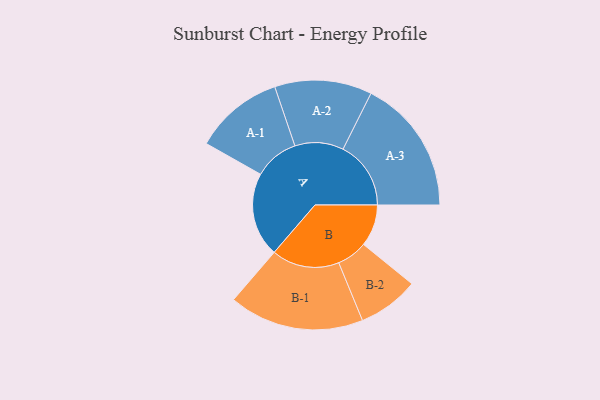
{"axis": {"x": "Segment", "y": "Value"}, "legend": ["", "A", "B"], "data": [{"x": "A", "y": 298, "type": ""}, {"x": "B", "y": 148, "type": ""}, {"x": "A-1", "y": 158, "type": "A"}, {"x": "A-2", "y": 172, "type": "A"}, {"x": "A-3", "y": 240, "type": "A"}, {"x": "B-1", "y": 239, "type": "B"}, {"x": "B-2", "y": 108, "type": "B"}]}